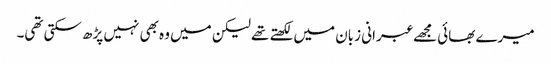
میرے بھائی مجھے عبرانی زبان میں لکھتے تھے لیکن میں وہ بھی نہیں پڑھ سکتی تھی۔